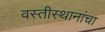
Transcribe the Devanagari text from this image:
वस्तीस्थानांचा